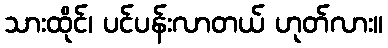
သားထိုင်၊ ပင်ပန်းလာတယ် ဟုတ်လား။